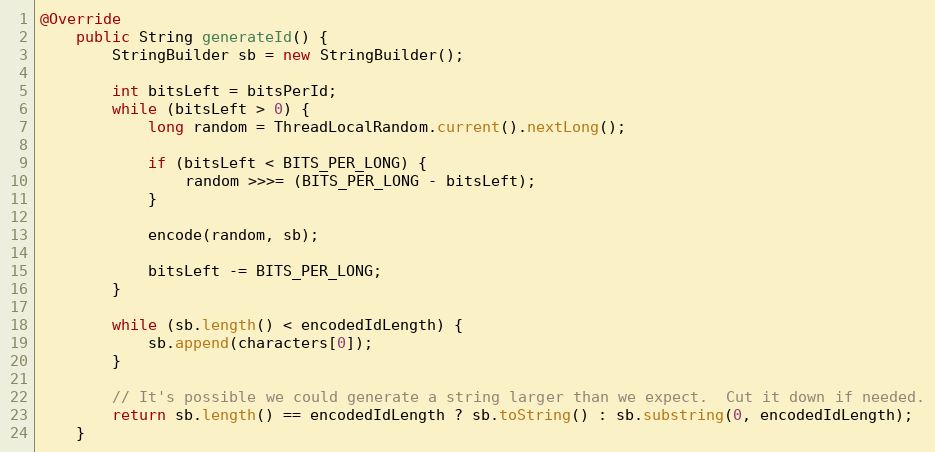
Language: Java
@Override
    public String generateId() {
        StringBuilder sb = new StringBuilder();

        int bitsLeft = bitsPerId;
        while (bitsLeft > 0) {
            long random = ThreadLocalRandom.current().nextLong();

            if (bitsLeft < BITS_PER_LONG) {
                random >>>= (BITS_PER_LONG - bitsLeft);
            }

            encode(random, sb);

            bitsLeft -= BITS_PER_LONG;
        }

        while (sb.length() < encodedIdLength) {
            sb.append(characters[0]);
        }

        // It's possible we could generate a string larger than we expect.  Cut it down if needed.
        return sb.length() == encodedIdLength ? sb.toString() : sb.substring(0, encodedIdLength);
    }